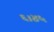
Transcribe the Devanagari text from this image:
६।४५